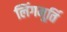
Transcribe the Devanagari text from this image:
लिंगमूर्ति